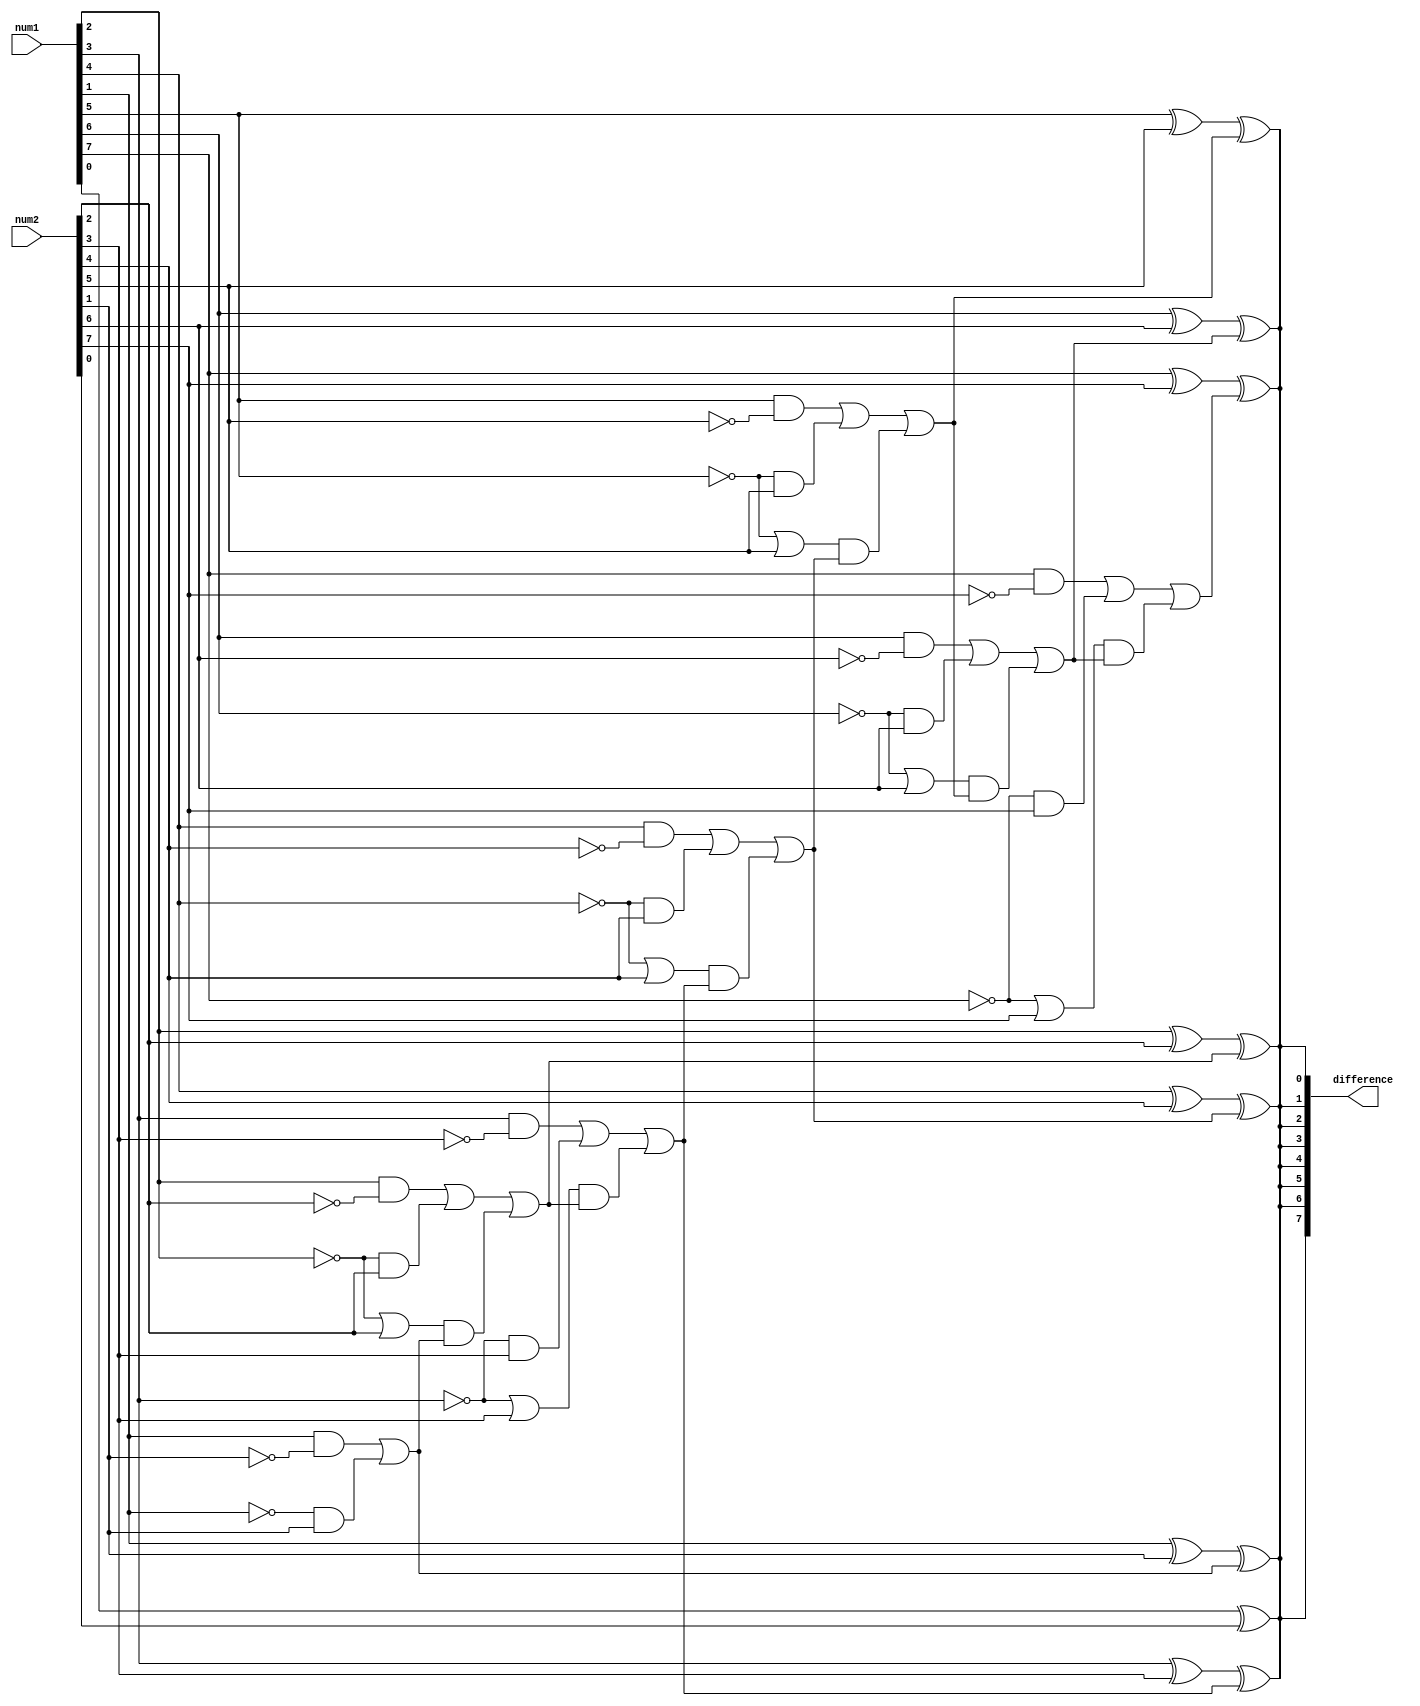
module ripple_subtractor (
    input [7:0] num1,
    input [7:0] num2,
    output [7:0] difference
);

wire [7:0] borrow;
wire XOR_out;

assign borrow[0] = 1'b0;
assign XOR_out = num1[0] ^ num2[0] ^ borrow[0];
assign difference[0] = XOR_out;

genvar i;
generate
    for (i = 1; i < 8; i = i + 1) begin : subtractor_loop
        assign borrow[i] = ((num1[i] & ~num2[i]) | (~num1[i] & num2[i])) | ((~num1[i] | num2[i]) & borrow[i-1]);
        assign XOR_out = num1[i] ^ num2[i] ^ borrow[i];
        assign difference[i] = XOR_out;
    end
endgenerate

endmodule